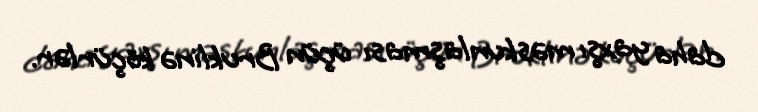
daha yaxşı məskunlaşması üçün Bruklinə köçürlər.